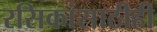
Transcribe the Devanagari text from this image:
रसिकांसाठीही